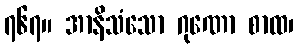
၇၆၇။ အာနိသံသော ဂုဏော စာထ၊